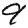
Digit: 9